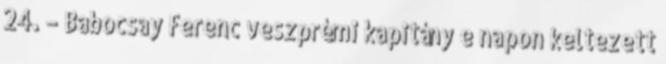
24. – Babocsay Ferenc veszprémi kapitány e napon keltezett